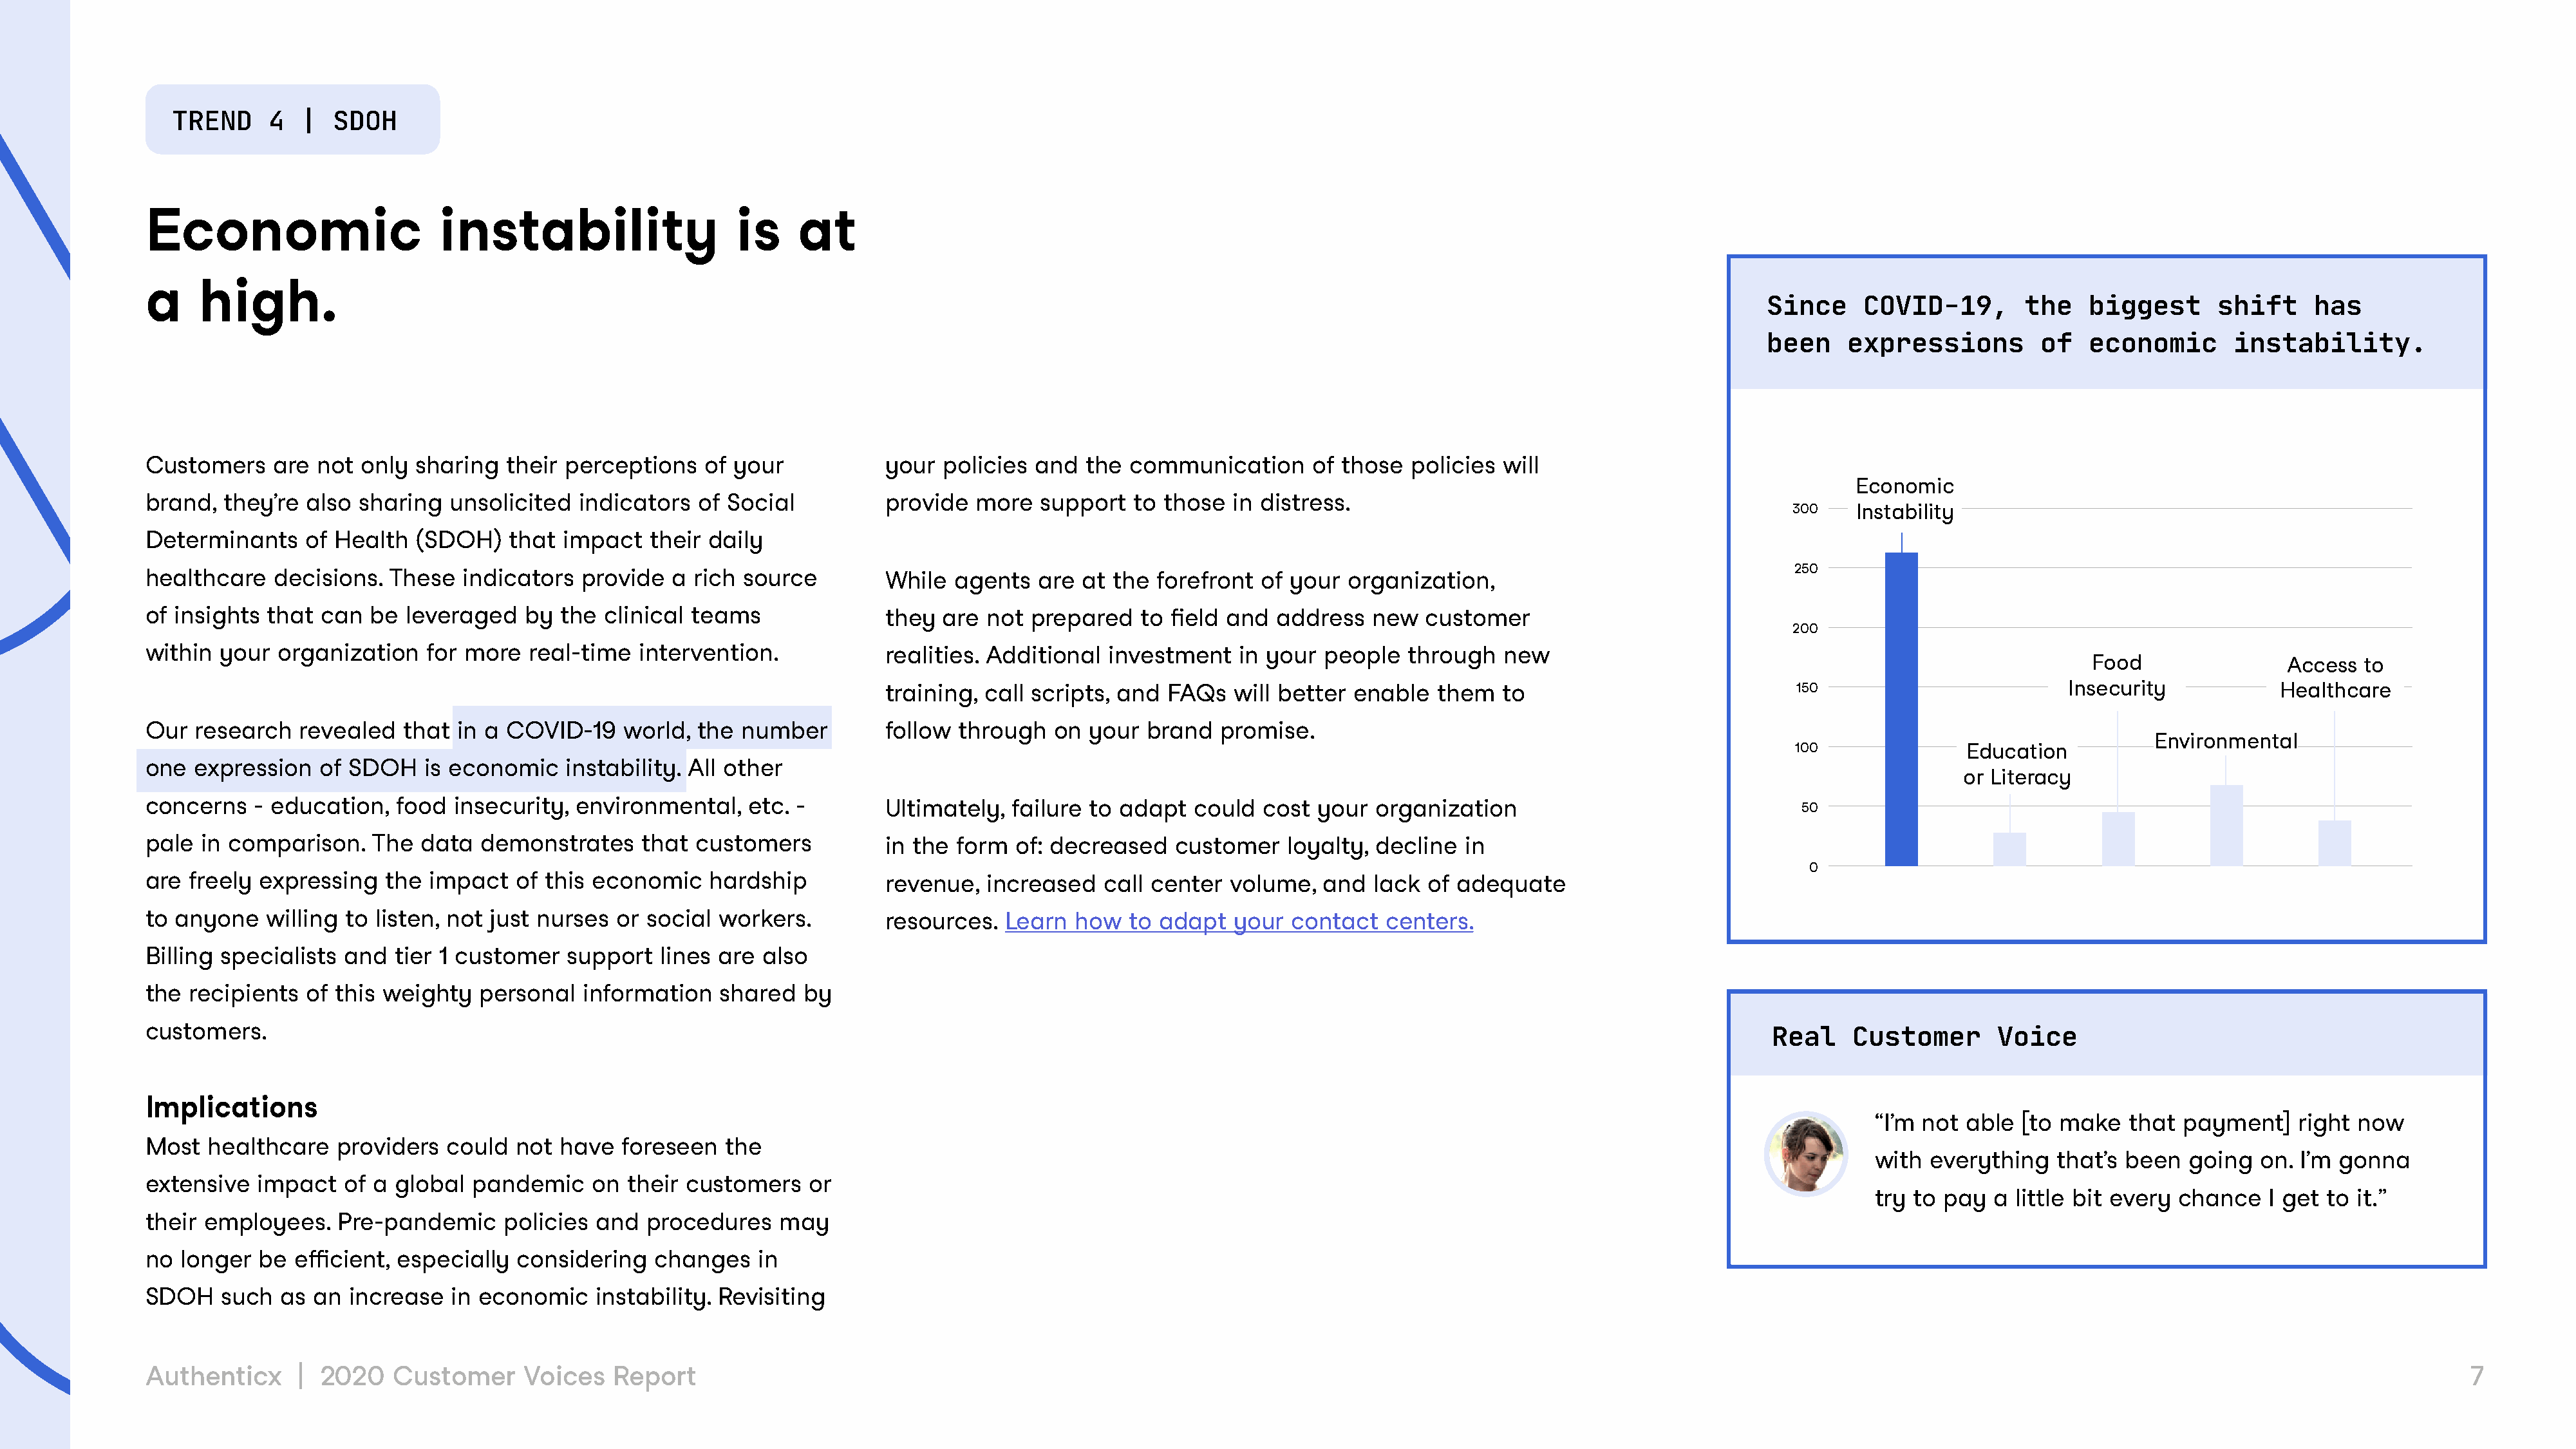
TREND     4  |  SDOH
 Economic                      instability                    is    at
 a    high.
 Since     COVID-19,       the    biggest      shift     has
 been    expressions         of   economic       instability.
 Customers    are  not only  sharing  their perceptions   of your            your  policies and   the communication      of those  policies  will
 Economic
 brand,  they’re  also sharing  unsolicited   indicators  of Social          provide  more   support   to those  in distress.
 300    Instability
 Determinants    of Health   (SDOH)   that  impact   their daily
 250
 healthcare   decisions.  These   indicators  provide  a rich source         While  agents   are at the  forefront  of your  organization,
 of insights that  can  be  leveraged   by  the clinical teams               they  are not  prepared   to field and  address   new   customer
 200
 within  your  organization   for more  real-time   intervention.            realities. Additional  investment   in your  people   through   new
 Food                Access  to
 training, call scripts, and  FAQs   will better enable   them  to                             150                         Insecurity           Healthcare
 Our  research   revealed   that in a COVID-19    world,  the number         follow  through  on  your  brand  promise.
 Environmental
 100              Education
 one  expression   of SDOH    is economic   instability. All other
 or Literacy
 concerns   - education,   food  insecurity, environmental,    etc. -        Ultimately,  failure to adapt   could  cost your  organization                                50
 pale  in comparison.   The  data  demonstrates     that  customers          in the form  of: decreased    customer   loyalty, decline   in
 0
 are freely  expressing   the impact   of this economic    hardship          revenue,  increased    call center volume,   and  lack  of adequate
 to anyone   willing  to listen, not just nurses or social  workers.         resources.  Learn   how  to adapt   your  contact  centers.
 Billing specialists and   tier 1 customer  support   lines are also
 the recipients  of this weighty   personal   information   shared   by
 customers.
 Real    Customer       Voice
 Implications
 “I’m not able  [to make   that payment]    right now
 Most  healthcare    providers  could  not  have  foreseen   the
 with everything    that’s been  going  on. I’m gonna
 extensive   impact  of a  global  pandemic    on  their customers   or
 try to pay  a little bit every chance   I get to it.”
 their employees.    Pre-pandemic     policies and  procedures    may
 no  longer  be efficient, especially  considering   changes    in
 SDOH    such  as an  increase  in economic    instability. Revisiting
 Authenticx      | 2020   Customer      Voices   Report                                                                                                                                                                                         7